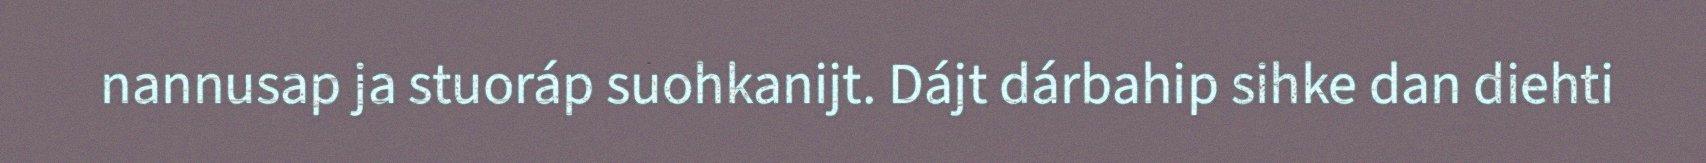
nannusap ja stuoráp suohkanijt. Dájt dárbahip sihke dan diehti